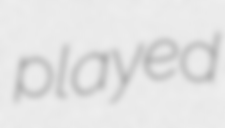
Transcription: played